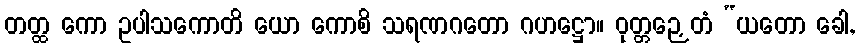
တတ္ထ ကော ဥပါသကောတိ ယော ကောစိ သရဏဂတော ဂဟဋ္ဌော။ ဝုတ္တဉှေတံ “ယတော ခေါ,